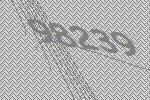
98239